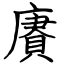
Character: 賡